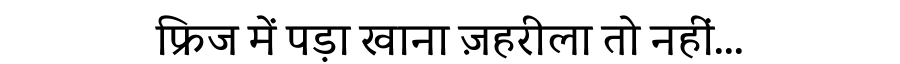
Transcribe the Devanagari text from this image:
फ्रिज में पड़ा खाना ज़हरीला तो नहीं...